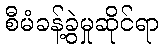
စီမံခန့်ခွဲမှုဆိုင်ရာ